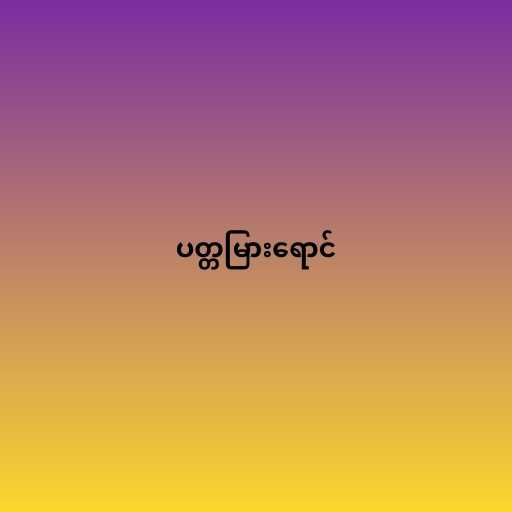
ပတ္တမြားရောင်